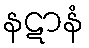
နဋာနံ